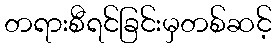
တရားစီရင်ခြင်းမှတစ်ဆင့်